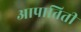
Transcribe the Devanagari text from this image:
आपातिती